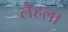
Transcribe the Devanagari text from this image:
लेहला